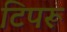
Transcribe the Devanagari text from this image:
टिपरू